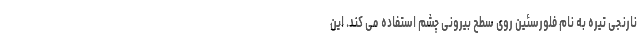
نارنجی تیره به نام فلورسئین روی سطح بیرونی چشم استفاده می کند. این